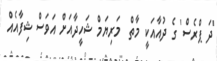
'ދަ ޕްރެސް' ގެ ދުއާއަކީ މާތް  މަރިޔަމް ޝަހީދާއަށް އަވަސް ޝިފާއެއް